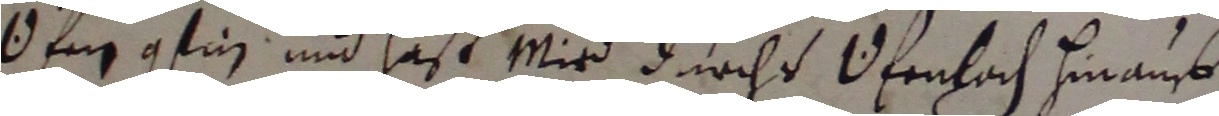
Ofnen gfin und haß mir durchd Ufenhach hinauß